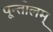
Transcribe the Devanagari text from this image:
पून्तोलम्